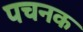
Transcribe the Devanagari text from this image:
पचनक